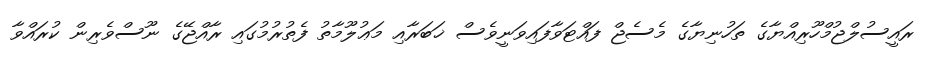
ރައީސުލްޖުމްހޫރިއްޔާގެ ތަހުނިޔާގެ މެސެޖް ފައްޓަވާފައިވަނީވެސް ޚަބަރާއި މަޢުލޫމާތު ފެތުރުމުގައި ރާއްޖޭގެ ނޫސްވެރިން ކުރައްވާ